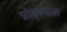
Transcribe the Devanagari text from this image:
प्रोड्क्शंस